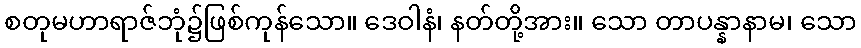
စတုမဟာရာဇ်ဘုံ၌ဖြစ်ကုန်သော။ ဒေဝါနံ၊ နတ်တို့အား။ သော တာပန္နာနာမ၊ သော